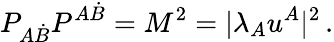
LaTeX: P_{A\dot{B}}P^{A\dot{B}}=M^{2}=|\lambda_{A}u^{A}|^{2}\, .